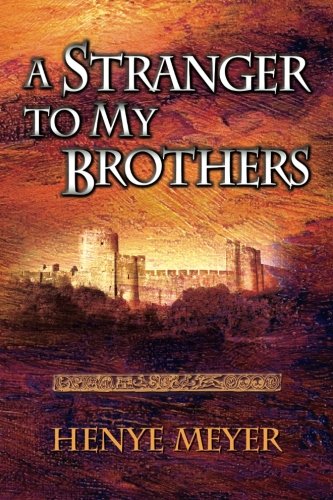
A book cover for A Stranger to My Brothers; Henye Meyer; Teen & Young Adult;